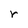
Character: r